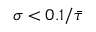
\sigma < 0 . 1 / \bar { \tau }